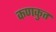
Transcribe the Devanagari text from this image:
कणकुत